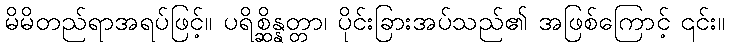
မိမိတည်ရာအရပ်ဖြင့်။ ပရိစ္ဆိန္နတ္တာ၊ ပိုင်းခြားအပ်သည်၏ အဖြစ်ကြောင့် ၎င်း။